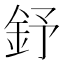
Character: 𨥤